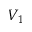
V _ { 1 }